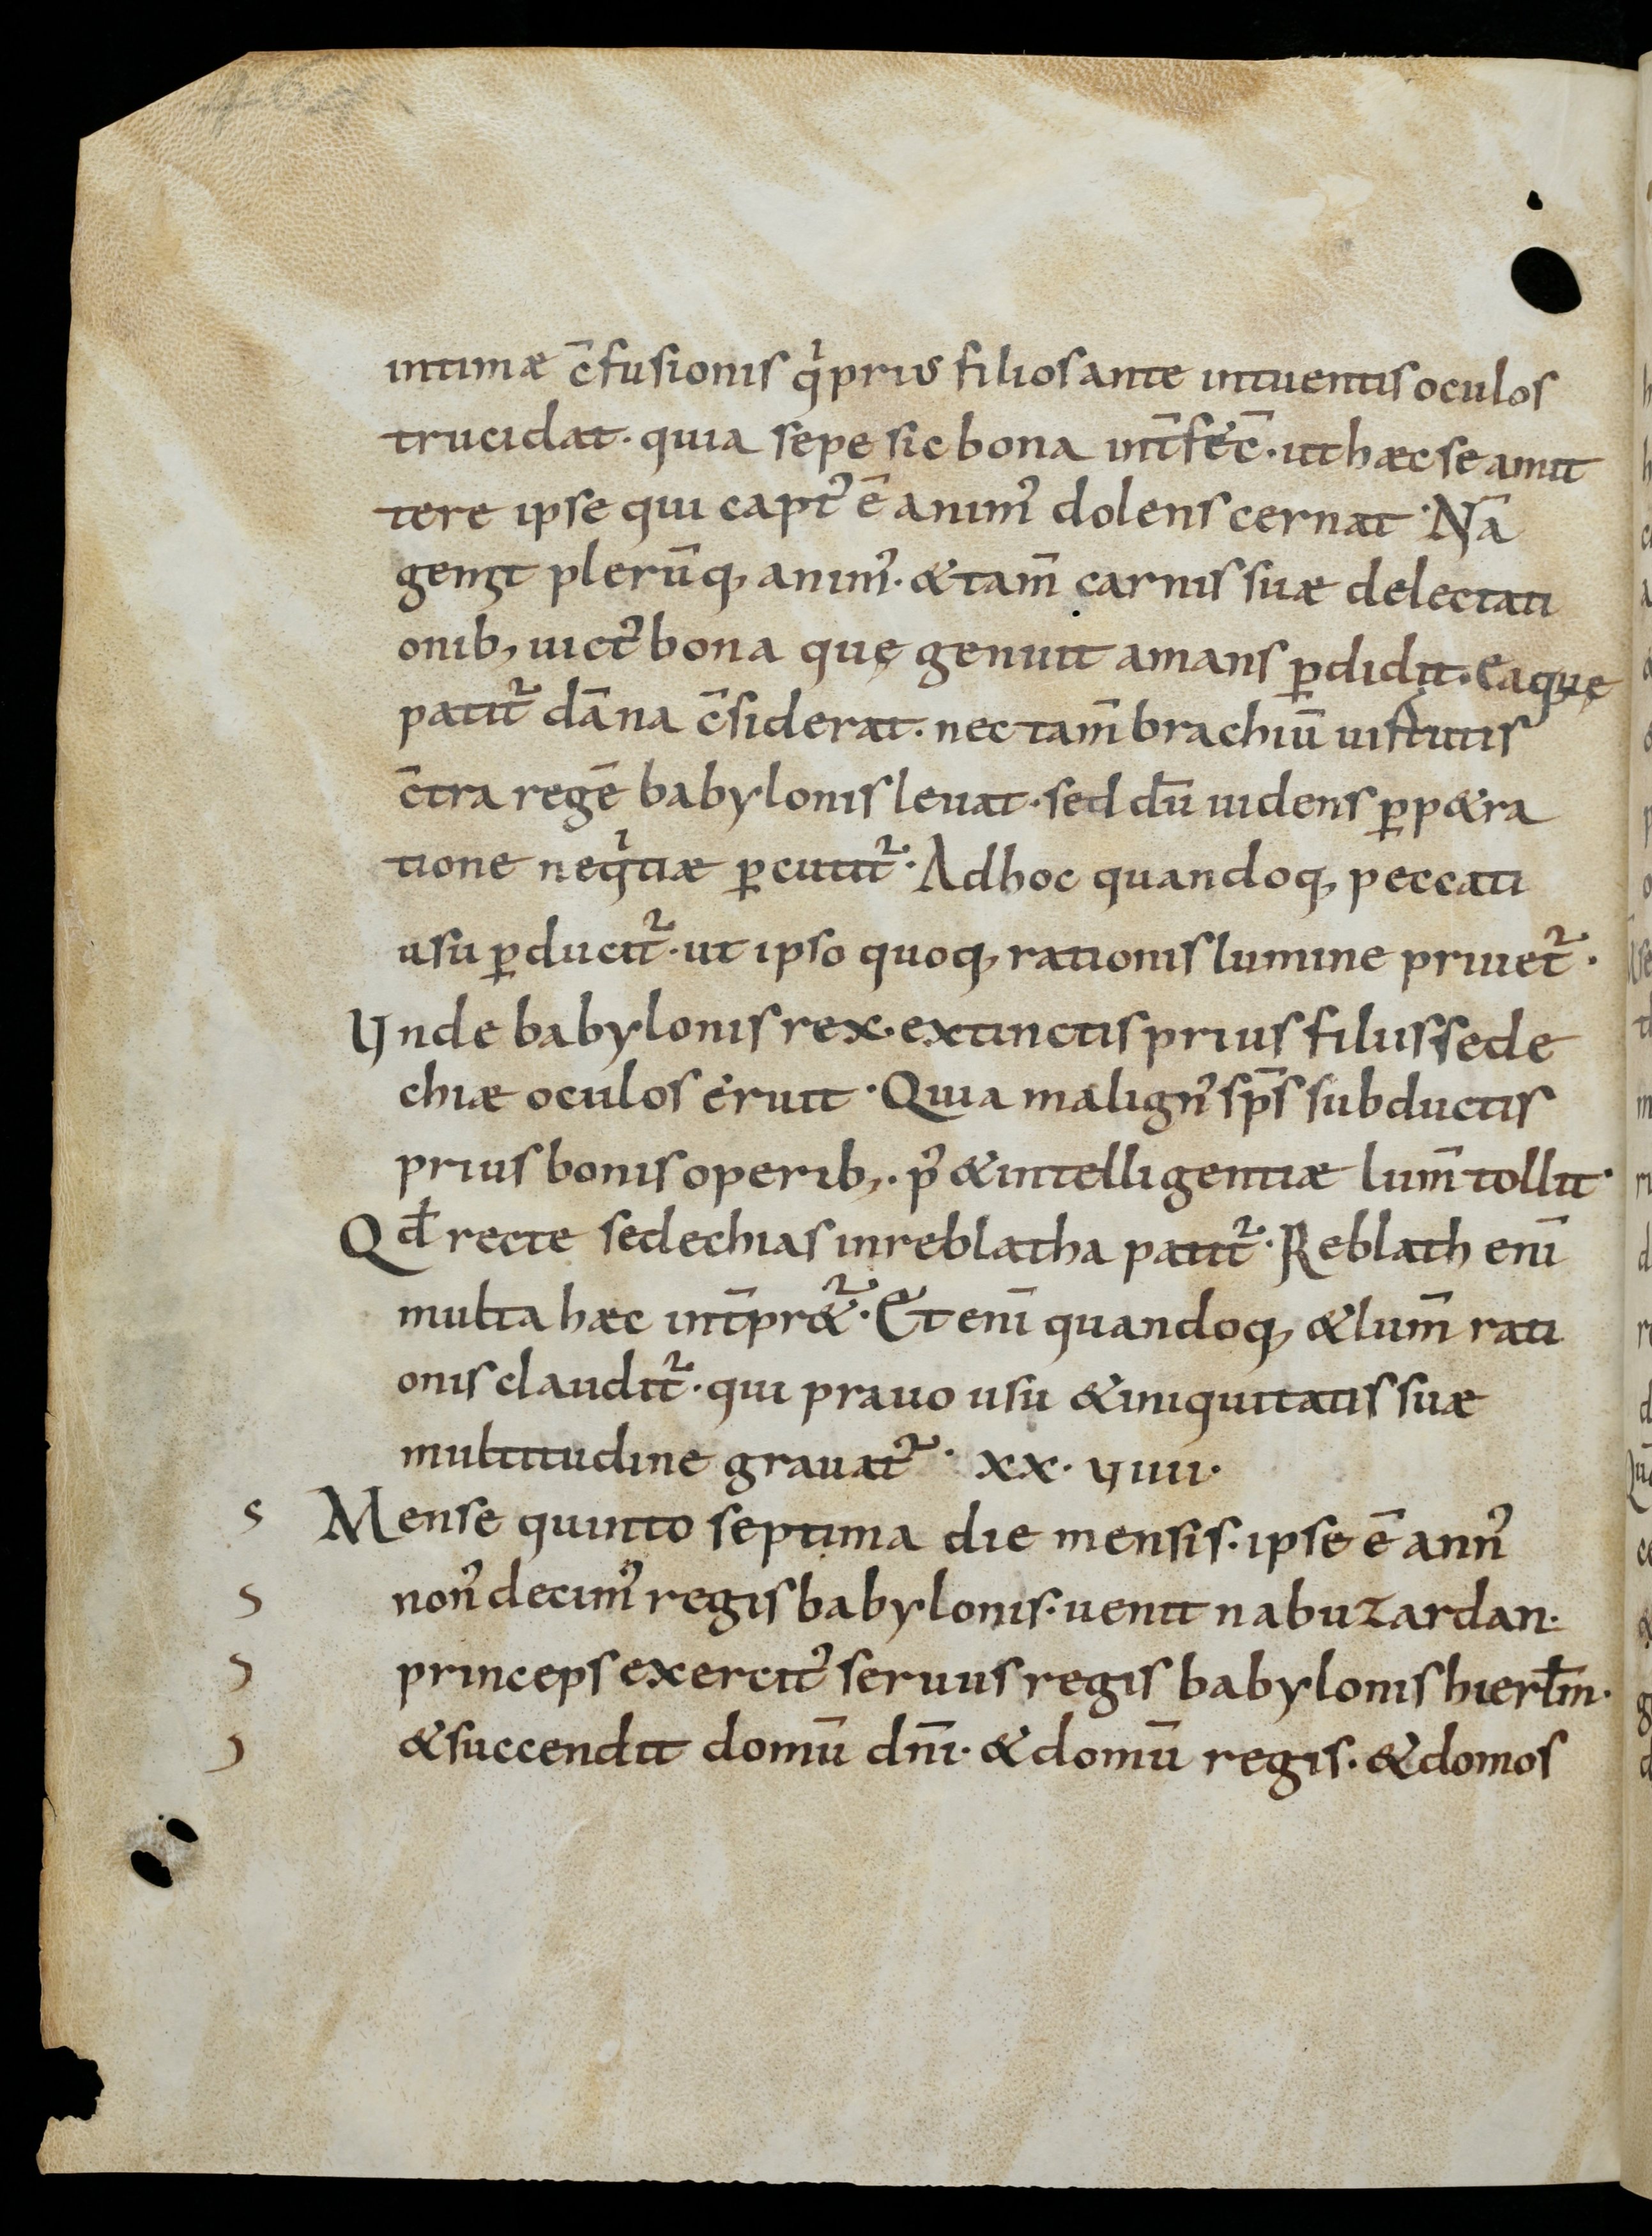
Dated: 800–899